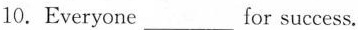
10.Everyone ___ for success.